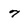
Character: 7